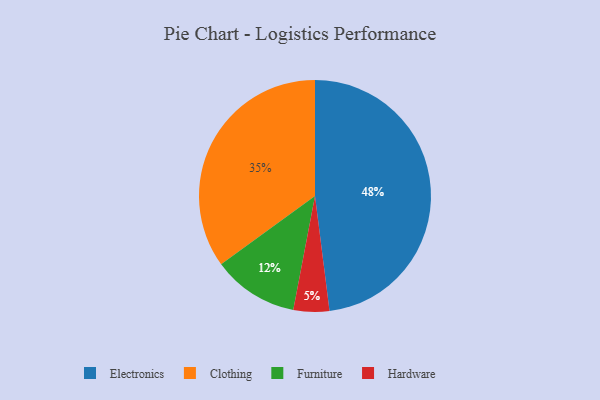
{"axis": {"x": "Category", "y": "Percentage"}, "legend": ["Clothing", "Electronics", "Furniture", "Hardware"], "data": [{"x": "Electronics", "y": 48, "type": "Electronics"}, {"x": "Hardware", "y": 5, "type": "Hardware"}, {"x": "Furniture", "y": 12, "type": "Furniture"}, {"x": "Clothing", "y": 35, "type": "Clothing"}]}